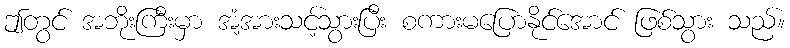
ဤတွင် အဘိုးကြီးမှာ အံ့အားသင့်သွားပြီး စကားမပြောနိုင်အောင် ဖြစ်သွား သည်။